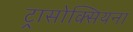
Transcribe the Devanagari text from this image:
ट्रासोक्सियना